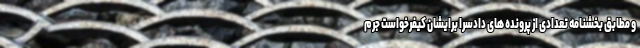
و مطابق بخشنامه تعدادی از پرونده های دادسرا برایشان کیفرخواست جرم